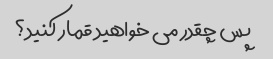
پس چقدر می خواهید قمار کنید؟